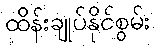
ထိန်းချုပ်နိုင်စွမ်း